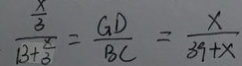
\frac { \frac { x } { 3 } } { 1 3 + \frac { x } { 3 } } = \frac { G D } { B C } = \frac { x } { 3 9 + x }